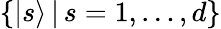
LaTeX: \{ |s\rangle\, |\, s=1,\dotsc,d\}